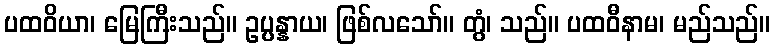
ပထဝိယာ၊ မြေကြီးသည်။ ဥပ္ပန္နာယ၊ ဖြစ်လသော်။ တွံ၊ သည်။ ပထဝီနာမ၊ မည်သည်။